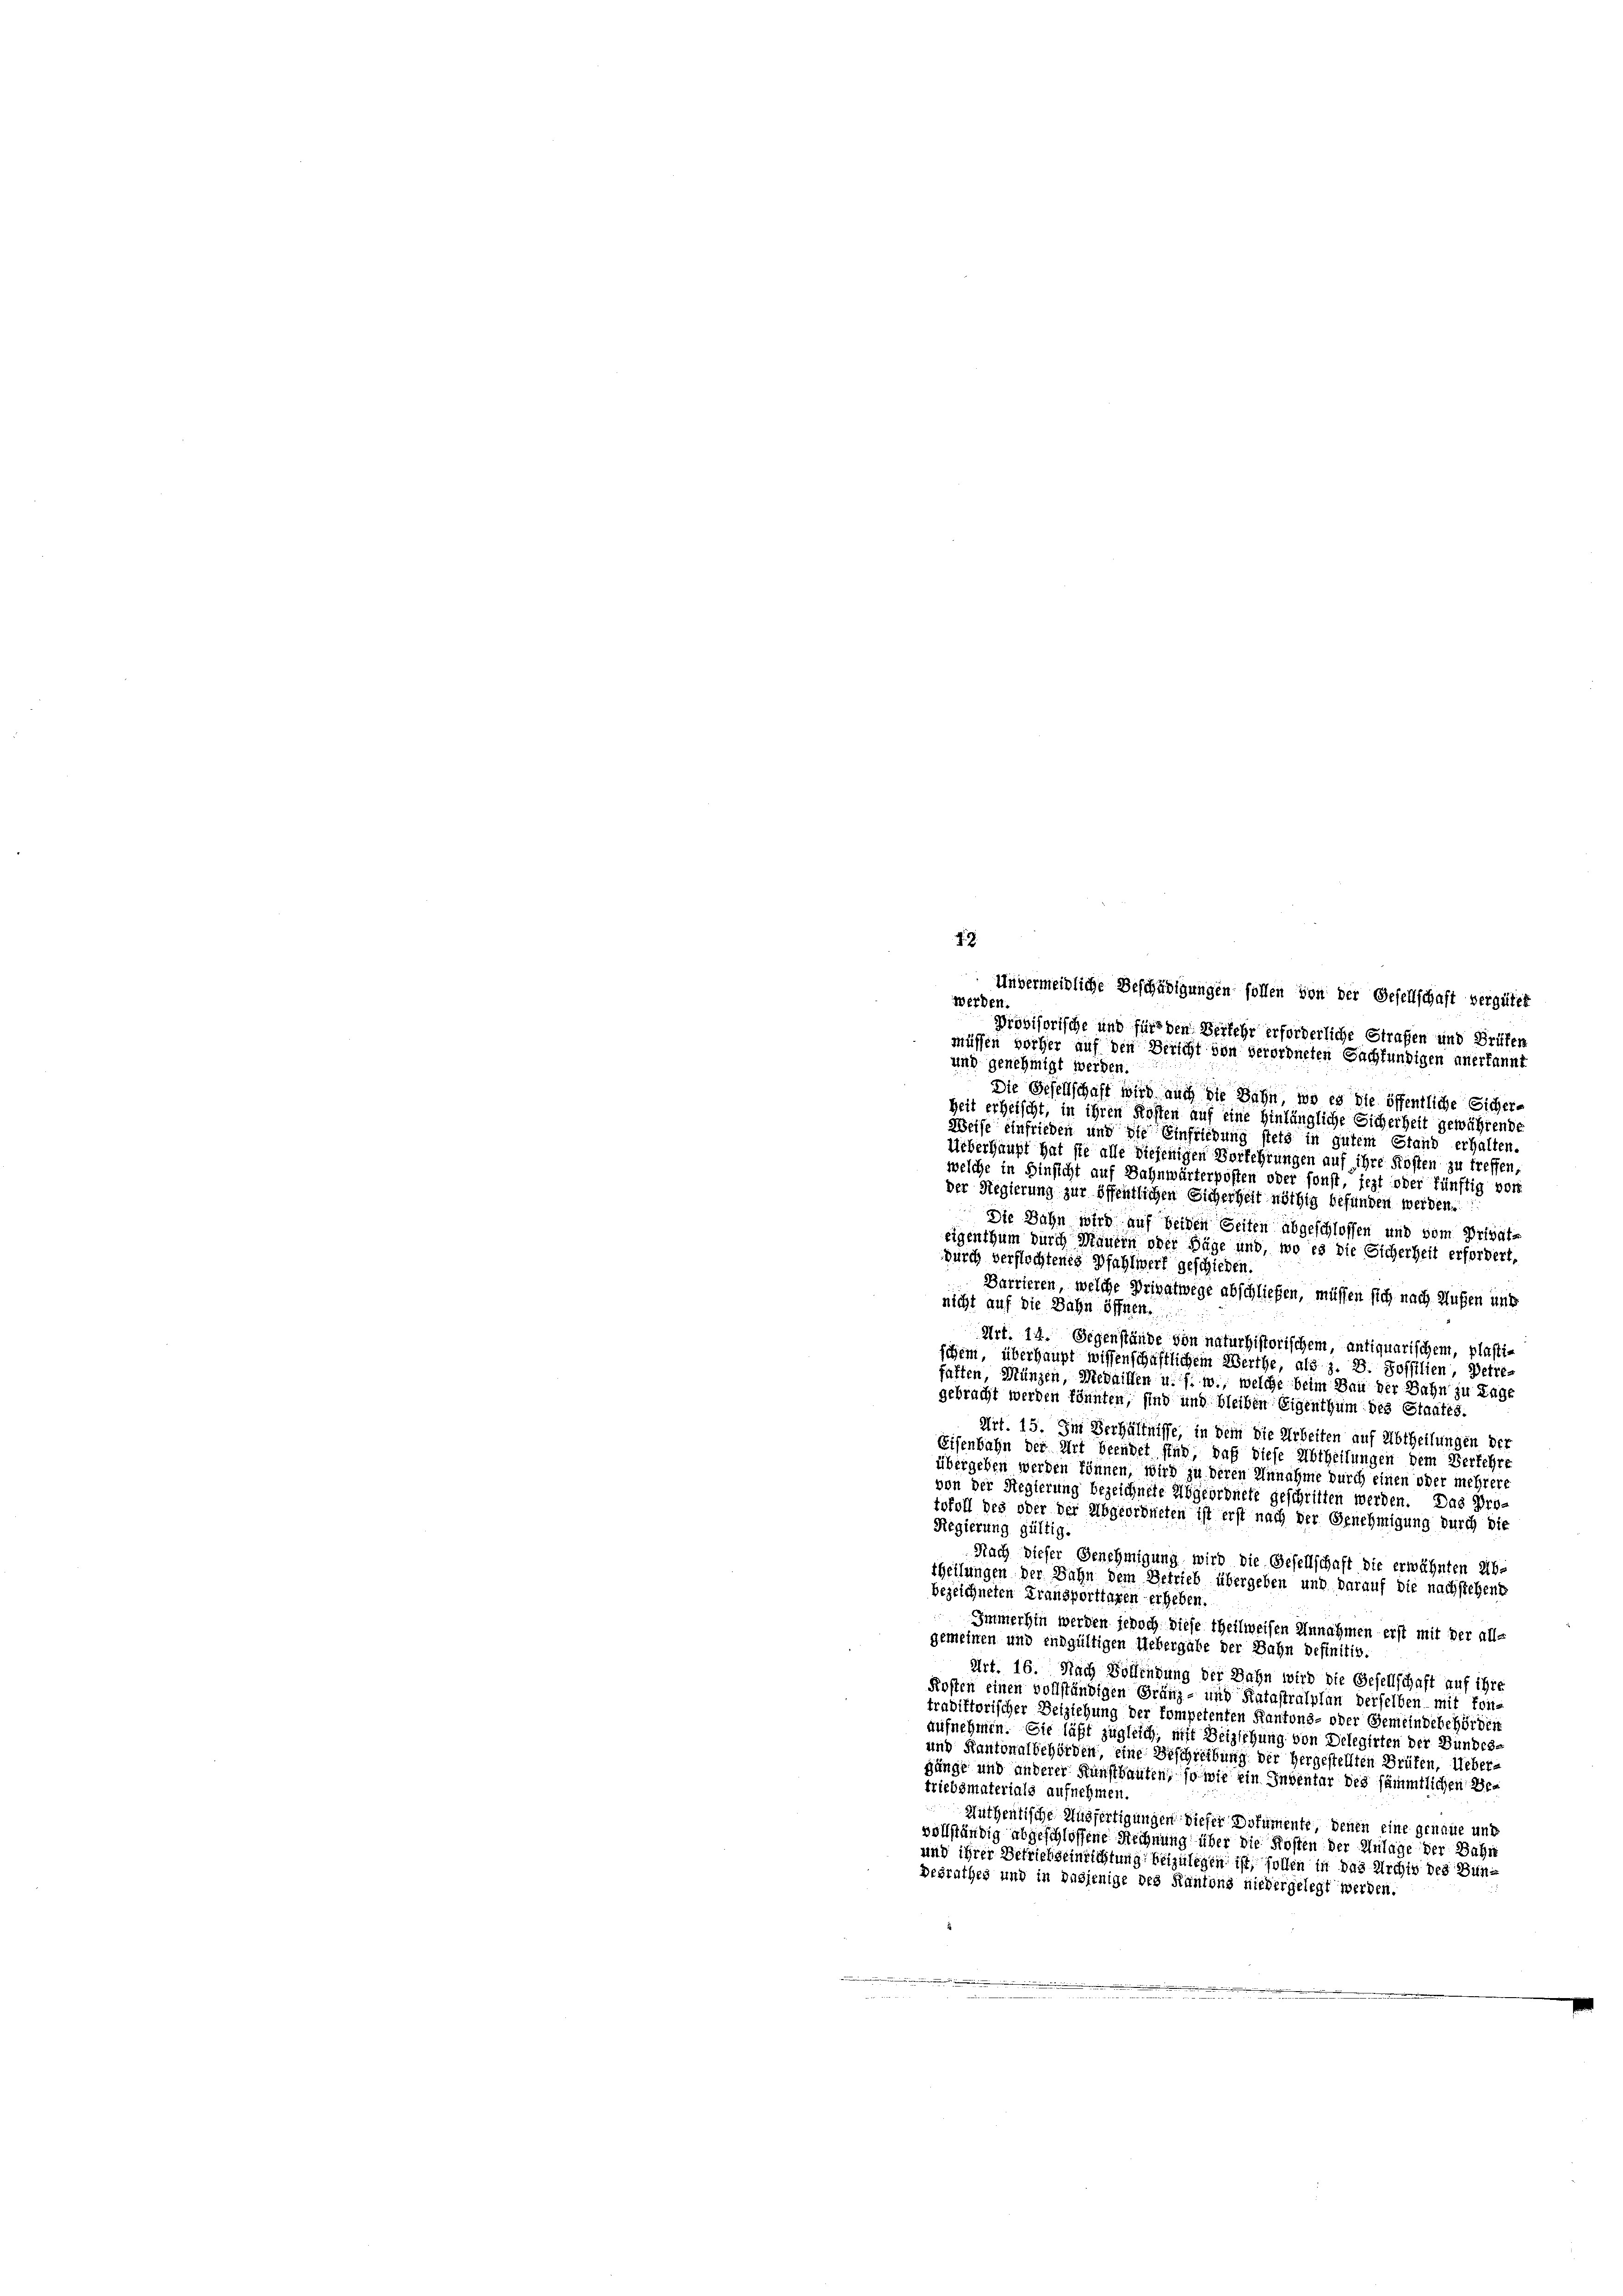
3
Unvermeidliche Beschädigungen sollen von der Gesellschaft vergütet
werden.
Provisorische und für den Verkehr erforderliche Strafen und Brüfen
müssen vorher auf den Bericht von verordneten Sachsundigen anerkannt
und genehmigt werden.
Die Gesellschaft wird auch die Bahn, wo es die öffentliche Sicher-
Zeit erheischt, in ihren Kosten auf eine hinlängliche Sicherheit gewährende
Weise einfrieden und die Einfriedung stets in gutem Stand erhalten.
Ueberhaupt hat sie alle diejenigen Vorkehrungen auf ihre Kosten zu treffen,
welche in Hinsicht auf Sahnwärterposten oder sonst, jezt oder fünftig vor
der Regierung zur öffentlichen Sicherheit nöthig befunden werden.
Die Bahn wird auf beiden Seiten abgeschlossen und vom Privat-
eigenthum durch Mauern oder Säge und, wo es die Sicherheit erfordert,
durch verflochtenig Pfahlwerk geschieden.
Barrieren, welche Privatwege abschließen, müssen sich nach Außen und
nicht auf die Bahn öffnen.
Art. 14. Gegenstände von naturhistorischem, antiquarischem, plasti-
schem, überhaupt wissenschaftlichem Werthe, als z. B. Soffilien Betre-
falten, Münzen, Medaillen u. s. w., welche beim Bau der Bahn zu Tage
gebracht werden könnten, sind und bleiben Eigenthum des Staates.
Art. 15. Im Verhältnisse, in dem die Arbeiten auf Abtheilungen der
Eisenbahn der Art beendet sind, daß diese Abtheilungen dem Verfehre
übergeben werden können, wird zu deren Annahme durch einen oder mehrere
von der Regierung bezeichnete Abgeordnete geschritten werden. Das Protofoll des oder der Abgeordneten ist erst nach der Genehmigung durch die
Regierung gültig.
Nach dieser Genehmigung wird die Gesellschaft die erwähnten Ab-
theilungen der Bahn dem Betrieb übergeben und darauf die nachstehende
bezeichneten Fransporttagen erheben.
Immerhin werden jedoch diese theilweisen Annahmen erst mit der alle
gemeinen und endgültigen Uebergabe der Bahn befinitiv.
Art. 16. Nach Vollendung der Dahn wird die Gesellschaft auf ihre
Kosten einen vollständigen Gränz- und Katastralplan derselben mit fon-
tradiftorischer Beiziehung der kompetenten Kantons- oder Gemeindebehörden
aufnehmen. Sie läßt zugleich, mit Beiziehung von Delegirten der Bundes
und Kantonalbehörden, eine Beschreibung der hergestellten Brüfen, Uebergänge und anderer Kunstbauten, so wie ein Inventar des sämmtlichen Betriebsmaterials aufnehmen.
Muthentische Ausfertigungen dieser Dokumente, denen eine genaue und
vollständig abgeschlossene Rechnung über die Kosten der Anlage der Bahn
und ihrer Betriebseinrichtung beizulegen ist, sollen in das Archiv des Bundesrathes und in dasjenige des Kantons niedergelegt werden.